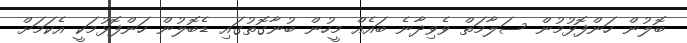
ބޮލުން ހަންފޮޅުމުން ސަލާމަތް ވެވިދާނެ ބައެއް މީހުން ބުނާގޮތުގައި ޑެބޮލުން ހަންފޮޅުމަކީ އެކަމަށް